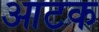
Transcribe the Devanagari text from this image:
आटक